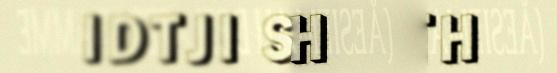
IDTJI SÏJHTH